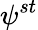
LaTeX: \psi^{st}